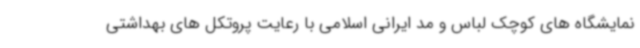
نمایشگاه های کوچک لباس و مد ایرانی اسلامی با رعایت پروتکل های بهداشتی